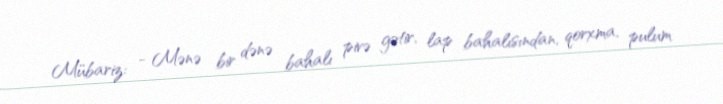
Mübariz: - Mənə bir dənə bahalı pivə gətir, lap bahalısından, qorxma, pulum